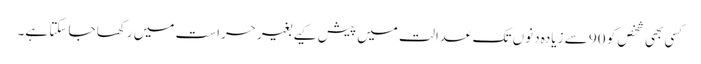
کسی بھی شخص کو 90 سے زیادہ دنوں تک عدالت میں پیش کیے بغیر حراست میں رکھا جا سکتا ہے۔